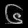
Digit: ၆